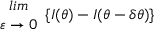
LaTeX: \begin{array} { c } { { l i m } } \\ { { \varepsilon \rightarrow 0 } } \end{array} \{ I ( \theta ) - I ( \theta - \delta \theta ) \}